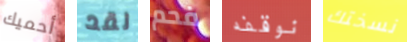
أحميك لقد فحم نوقفه نسختك